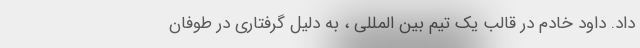
داد. داود خادم در قالب یک تیم بین المللی ، به دلیل گرفتاری در طوفان